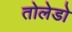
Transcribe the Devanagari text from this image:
तोलेडो